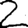
Digit: 2